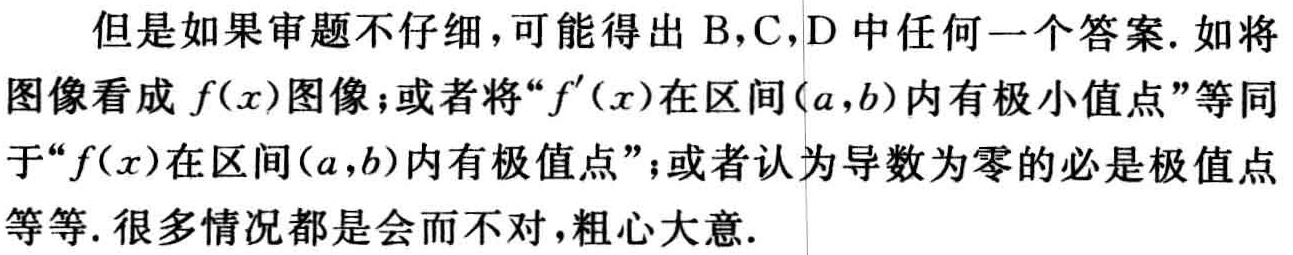
但是如果审题不仔细,可能得出 B，C，D 中任何一个答案. 如将图像看成 \(f(x)\)图像；或者将“\(f^{\prime}(x)\)在区间\((a,b)\)内有极小值点”等同于“\(f(x)\)在区间\((a,b)\)内有极值点”；或者认为导数为零的必是极值点等等. 很多情况都是会而不对,粗心大意.